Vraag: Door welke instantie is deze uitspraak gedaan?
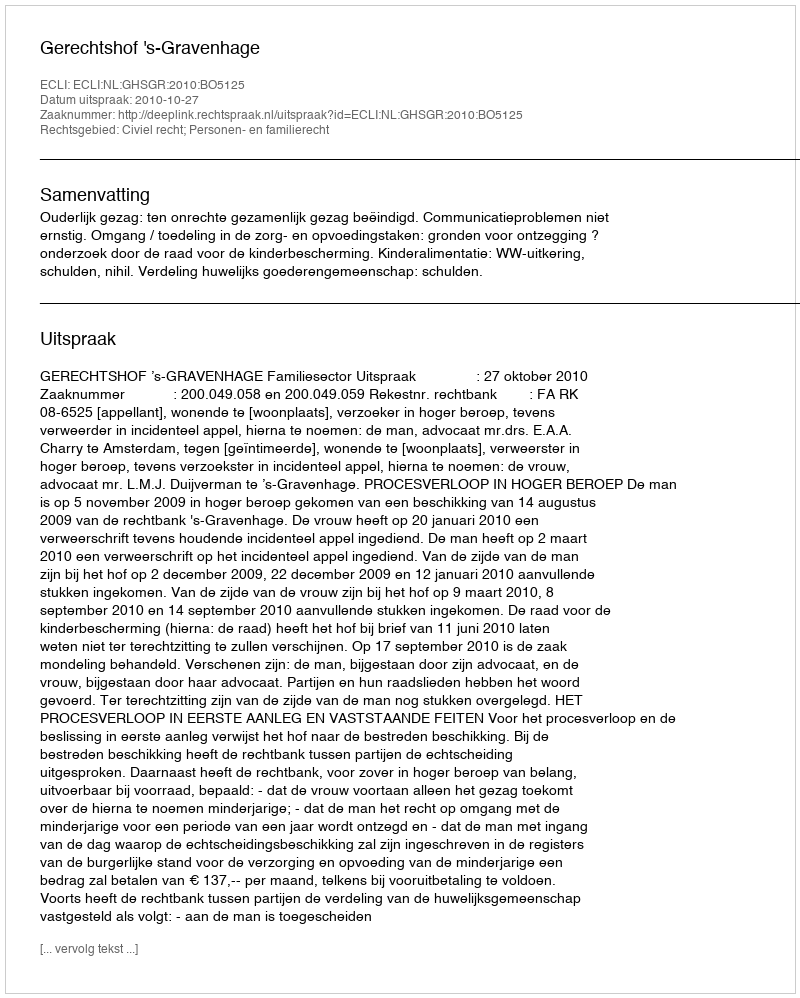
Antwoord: Gerechtshof 's-Gravenhage